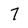
Character: 7